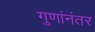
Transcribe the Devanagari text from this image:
गुणांनंतर